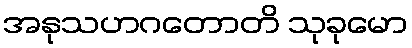
အနုသဟဂတောတိ သုခုမော